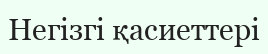
Негізгі қасиеттері